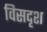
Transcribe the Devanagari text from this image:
विसदृश